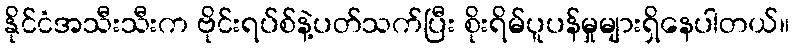
နိုင်ငံအသီးသီးက ဗိုင်းရပ်စ်နဲ့ပတ်သက်ပြီး စိုးရိမ်ပူပန်မှုများရှိနေပါတယ်။